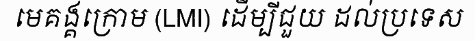
មេគង្គក្រោម (LMI) ដើម្បីជួយ ដល់ប្រទេស